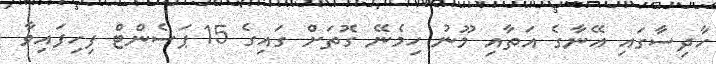
ހާދިިސާގައި އޭނާގެ އަތާއި މޫނު ހިމެނޭ ގޮތަށް ގައިގެ 15 ޕަސެންޓް ފިހިފައިވާ